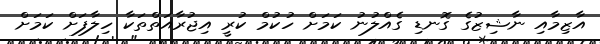
އާޒިމާއި ނާޝިޒުގެ ގޮނޑި ގެއްލުނު ކަމަށް ހުކުމް ކުރީ އިޖުރާއަތްތަކާ ހިލާފަށް ކަމަށް